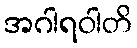
အဂါရဝါတိ